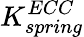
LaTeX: K_{spring}^{ECC}